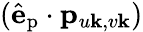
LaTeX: (\hat{\mathbf{e}}_{\textrm{p}}\cdot\mathbf{p}_{u\mathbf{k},v\mathbf{k}})